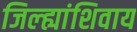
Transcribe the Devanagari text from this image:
जिल्ह्यांशिवाय